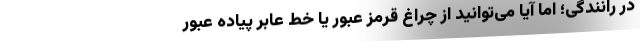
در رانندگی؛ اما آیا می‌توانید از چراغ قرمز عبور یا خط عابر پیاده عبور